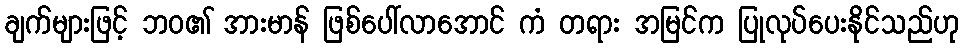
ချက်များဖြင့် ဘဝ၏ အားမာန် ဖြစ်ပေါ်လာအောင် ကံ တရား အမြင်က ပြုလုပ်ပေးနိုင်သည်ဟု